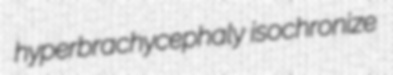
hyperbrachycephaly isochronize